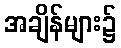
အချိန်များ၌